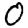
Digit: 0